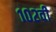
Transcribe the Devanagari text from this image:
१०२वी